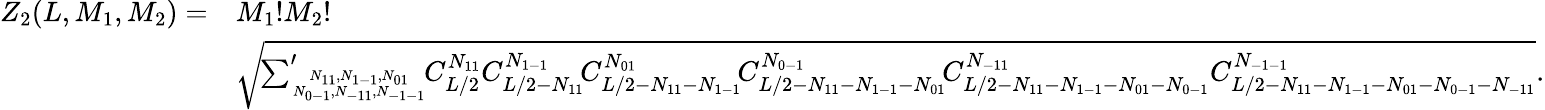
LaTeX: \begin{array}{rl}{Z_{2}(L,M_{1},M_{2})=}&{M_{1}!M_{2}!}\\ &{\sqrt{\! {\sum}_{N_{11},N_{1-1},N_{01}\atop N_{0-1},N_{-11},N_{-1-1}}^{\prime}\! C_{L/2}^{N_{11}}C_{L/2-N_{11}}^{N_{1-1}}\! C_{L/2-N_{11}-N_{1-1}}^{N_{01}}\! C_{L/2-N_{11}-N_{1-1}-N_{01}}^{N_{0-1}}\! C_{L/2-N_{11}-N_{1-1}-N_{01}-N_{0-1}}^{N_{-11}}C_{L/2-N_{11}-N_{1-1}-N_{01}-N_{0-1}-N_{-11}}^{N_{-1-1}}}.}\end{array}